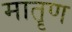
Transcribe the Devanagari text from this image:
मातॄण